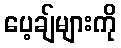
ပေ့ချ်များကို